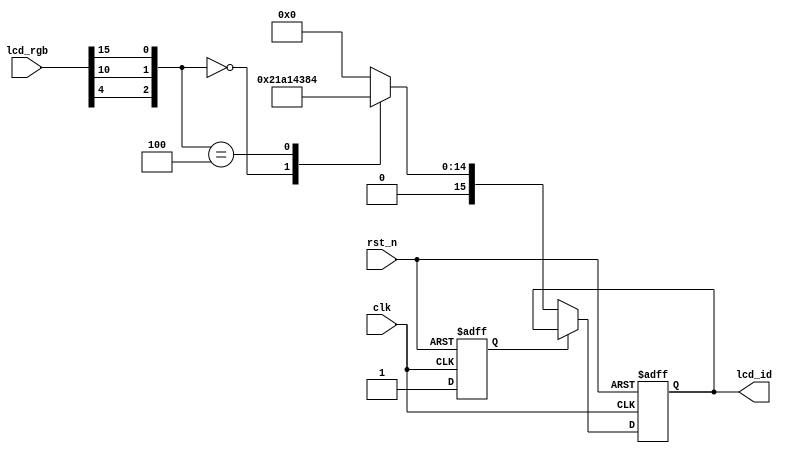
//lcd_id
module rd_id(
    input   wire        clk,
    input   wire        rst_n,
    input   wire [15:0] lcd_rgb,
    output  reg  [15:0] lcd_id
);

reg rd_flag;

always @(posedge clk or negedge rst_n) begin
    if(!rst_n) begin
        rd_flag <= 1'b0;
        lcd_id  <= 16'd0;
    end
    else begin
        if(rd_flag == 1'b0) begin //id
            rd_flag <= 1'b1;
            case({lcd_rgb[4],lcd_rgb[10],lcd_rgb[15]})
                3'b000:lcd_id <= 16'h4342;      //4.3,480*272
                3'b100:lcd_id <= 16'h4384;      //4.3,800*480
                default :lcd_id <= 16'h0;
            endcase
        end
    end
end

endmodule